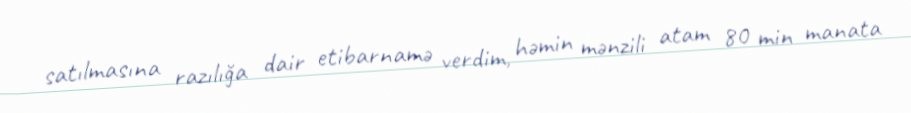
satılmasına razılığa dair etibarnamə verdim, həmin mənzili atam 80 min manata